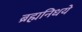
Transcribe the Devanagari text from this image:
ब्रह्मनिधये